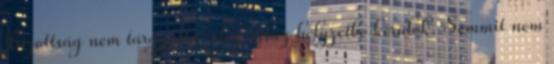
Bizottság nem tárgyalta, elég nehéz helyzetbe kerülök. Semmit nem